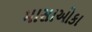
માસાઓકા